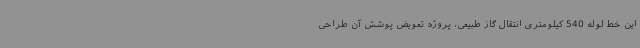
این خط لوله 540 کیلومتری انتقال گاز طبیعی، پروژه تعویض پوشش آن طراحی